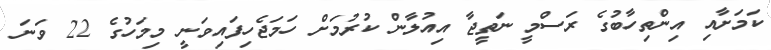
ކަމަށާއި އިންތިހާބުގެ ރަސްމީ ނަތީޖާ އިއުލާން ކުރުމަށް ހަމަޖެހިފައިވަނީ މިމަހުގެ 22 ވަނަ